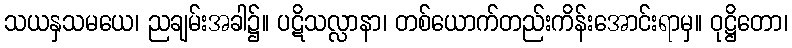
သယနှသမယေ၊ ညချမ်းအခါ၌။ ပဋိသလ္လာနာ၊ တစ်ယောက်တည်းကိန်းအောင်းရာမှ။ ဝုဋ္ဌိတော၊